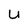
Character: U